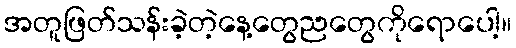
အတူဖြတ်သန်းခဲ့တဲ့နေ့တွေညတွေကိုရောပေါ့။